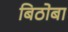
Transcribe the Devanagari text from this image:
बिठोबा